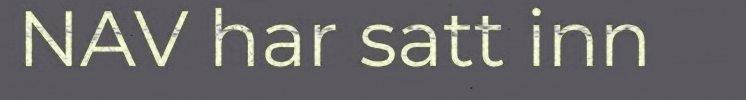
NAV har satt inn